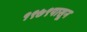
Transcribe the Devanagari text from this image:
१९७९पासून